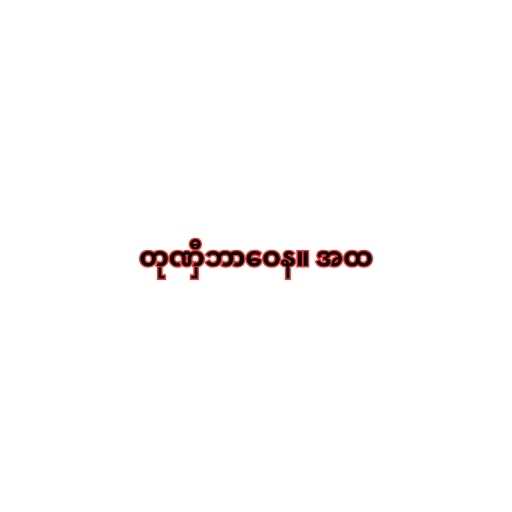
တုဏှီဘာဝေန။ အထ